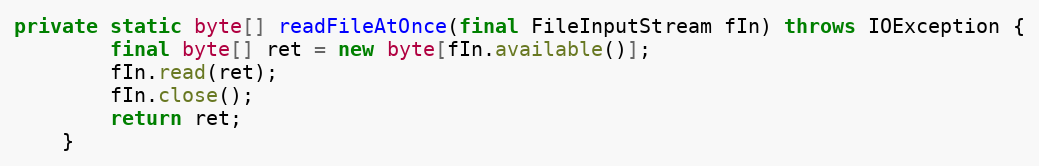
Language: Java
private static byte[] readFileAtOnce(final FileInputStream fIn) throws IOException {
		final byte[] ret = new byte[fIn.available()];
		fIn.read(ret);
		fIn.close();
		return ret;
	}